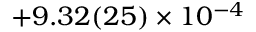
+ 9 . 3 2 ( 2 5 ) \times 1 0 ^ { - 4 }